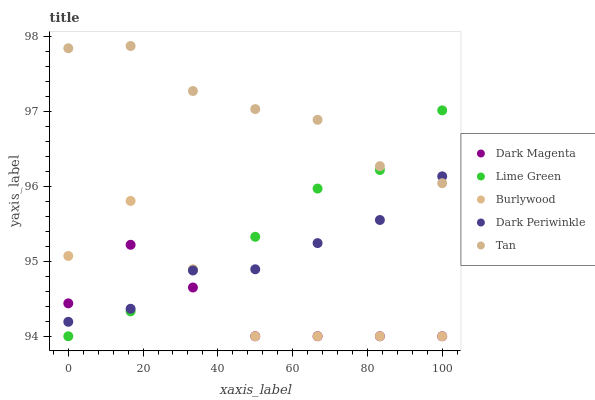
| xaxis_label | Dark Magenta | Lime Green | Burlywood | Dark Periwinkle | Tan |
 | --- | --- | --- | --- | --- | --- |
 | 0 | 94.4 | 94 | 95.1 | 94.2 | 97.8 |
 | 16.7 | 95.2 | 94.3 | 95.8 | 94.4 | 97.9 |
 | 33.3 | 94.6 | 94.9 | 94.9 | 94.9 | 97.3 |
 | 50 | 94 | 95.3 | 94 | 94.9 | 97 |
 | 66.7 | 94 | 96 | 94 | 95.2 | 96.9 |
 | 83.3 | 94 | 96.2 | 94 | 95.5 | 96.3 |
 | 100 | 94 | 97 | 94 | 96.1 | 96 |